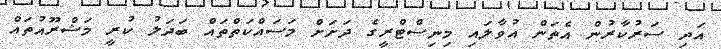
އަދި ސަރުކާރުން އެތަން އުވާލައި މިނިސްޓްރީގެ ދަށަށް މަސައްކަތްތައް ބަދަލު ކުރީ މަޝްރޫއުތައް